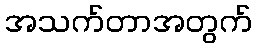
အသက်တာအတွက်